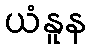
ယံနူန